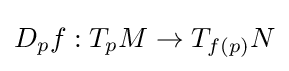
D_{p}f:T_{p}M\to T_{f(p)}N